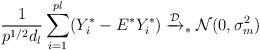
LaTeX: \begin{align*} \frac 1 { p^{1/2} d_l} \sum_{i=1}^{pl} (Y_i^{\ast} - E^{\ast} Y_i^{\ast} ) \xrightarrow{\mathcal D}_{\ast} \mathcal N (0,\sigma_m^2) \ \ \end{align*}